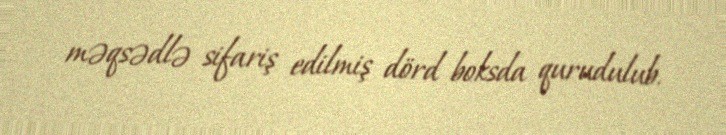
məqsədlə sifariş edilmiş dörd boksda qurudulub.